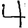
Digit: 4